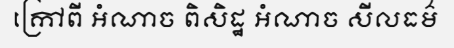
ក្រៅពី អំណាច ពិសិដ្ឋ អំណាច សីលធម៌